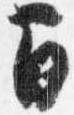
間